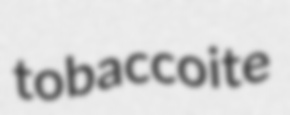
tobaccoite